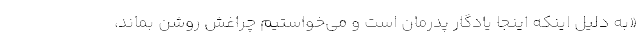
«به دلیل اینکه اینجا یادگار پدرمان است و می‌خواستیم چراغش روشن بماند،